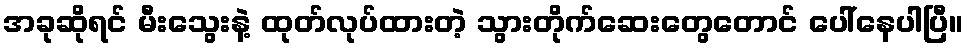
အခုဆိုရင် မီးသွေးနဲ့ ထုတ်လုပ်ထားတဲ့ သွားတိုက်ဆေးတွေတောင် ပေါ်နေပါပြီ။